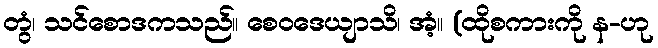
တွံ၊ သင်စောဒကသည်။ စေဝဒေယျာသိ၊ အံ့။ (ထိုစကားကို န-ဟု